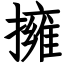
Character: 擁